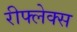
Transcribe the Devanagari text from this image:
रीफ्लेक्स